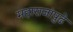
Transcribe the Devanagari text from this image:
महाराजांपुढे